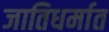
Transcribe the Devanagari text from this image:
जातिधर्मात